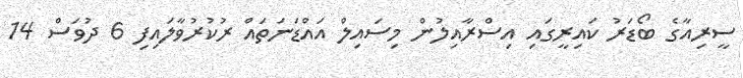
ސީރިއާގެ ބޯޑަރު ކައިރީގައި އިސްރާއިލުން މިސައިލް އަައްޑަނަތައް ރުކުރުވާލައިިފި 6 ދުވަސް 14